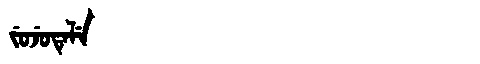
Manchu: ᠵᡠᠵᡠᡨᡝᠯᡝ
Romanization: JUJUTELE